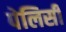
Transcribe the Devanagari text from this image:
पेलिसी